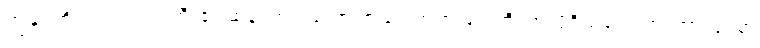
ကျွန်ုပ်တို့သည် ၎င်းဂူကြီး၏ ဆန်းကြယ်သော အခြင်းအရာ များကို၊ အလိုရှိသလောက် ကြာရှည်စွာ